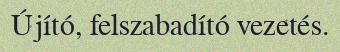
Újító, felszabadító vezetés.